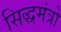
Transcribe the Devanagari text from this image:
सिद्धमंत्रो